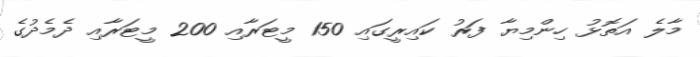
މާލެ އަތޮޅު ހިންމިޔާ ފަރު ކައިރީގައި 150 މީޓަރާއި 200 މީޓަރާއި ދެމެދުގެ